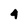
Character: 4